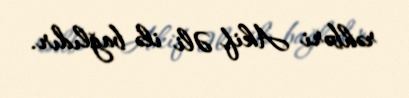
rəhbəri Akif Əli ilə bağlıdır.